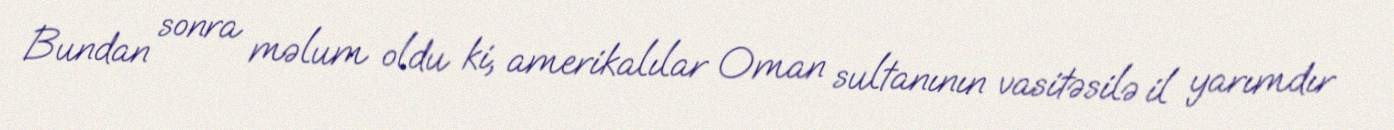
Bundan sonra məlum oldu ki, amerikalılar Oman sultanının vasitəsilə il yarımdır